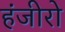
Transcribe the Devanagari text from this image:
हंजीरो